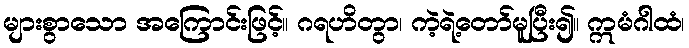
များစွာသော အကြောင်းဖြင့်။ ဂရဟိတွာ၊ ကဲ့ရဲ့တော်မူပြီး၍။ ဣမံဂါထံ၊